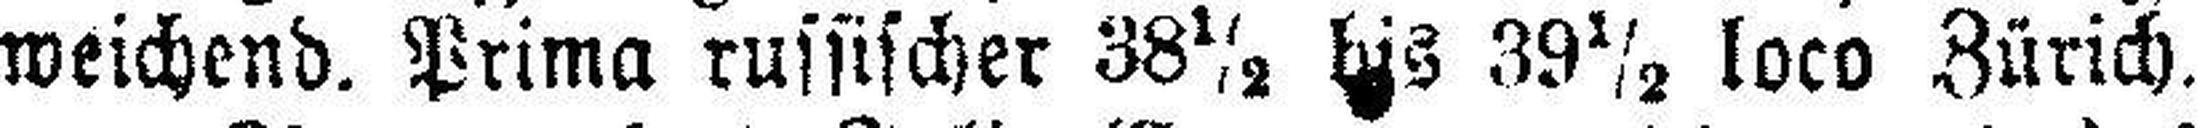
weichend. Prima russischer 38½ bis 39½ loco Zürich.